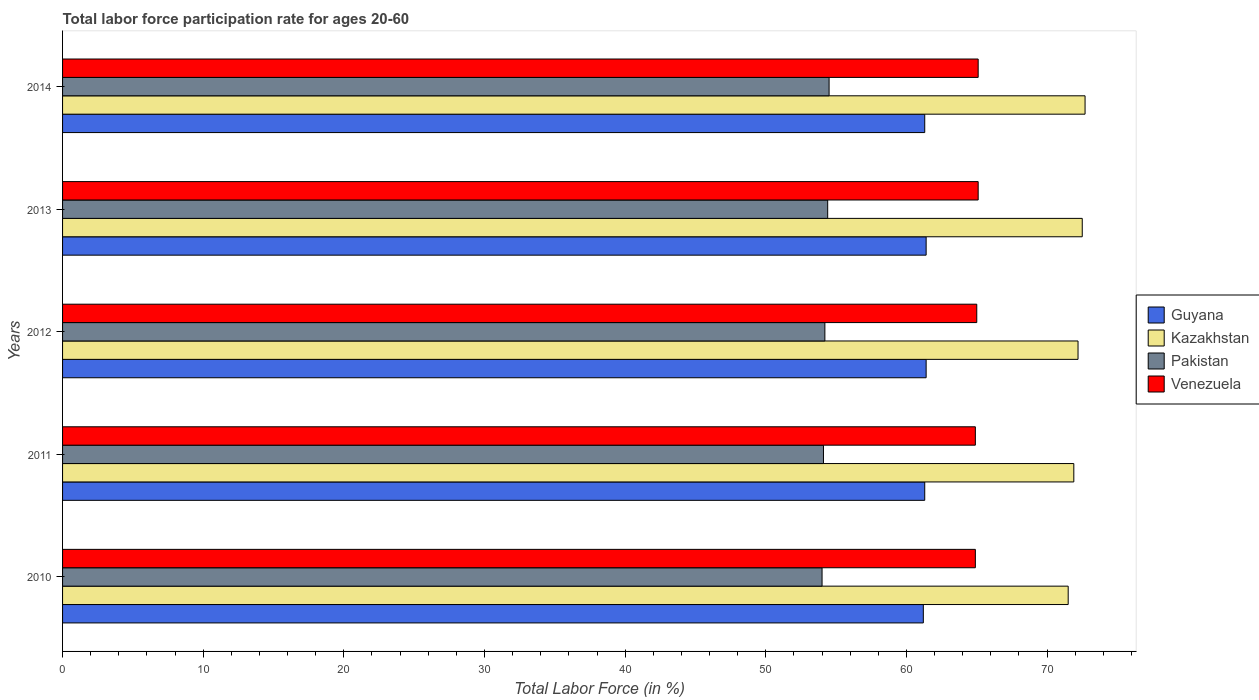
| Years | Guyana | Kazakhstan | Pakistan | Venezuela |
 | --- | --- | --- | --- | --- |
 | 2010 | 61.2 | 71.5 | 54 | 64.9 |
 | 2011 | 61.3 | 71.9 | 54.1 | 64.9 |
 | 2012 | 61.4 | 72.2 | 54.2 | 65 |
 | 2013 | 61.4 | 72.5 | 54.4 | 65.1 |
 | 2014 | 61.3 | 72.7 | 54.5 | 65.1 |